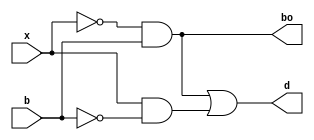
//CSMB
//Sepehr Razmyar 2020
module CSMB (
          x,
          b,
          bo,
          d
  );
  // yu = 00

  input x, b;
  output bo, d;

  wire xNot, bNot;

  assign xNot = ~x;
  assign bNot = ~b;

  wire temp;
  assign temp = (xNot & b);
  assign bo = temp;
  assign d = temp | (x & bNot);

endmodule